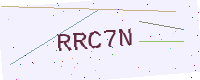
Text: RRC7N